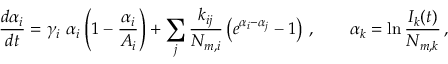
\frac { d \alpha _ { i } } { d t } = \gamma _ { i } \ \alpha _ { i } \left( 1 - \frac { \alpha _ { i } } { A _ { i } } \right) + \sum _ { j } \frac { k _ { i j } } { N _ { m , i } } \left( e ^ { \alpha _ { i } - \alpha _ { j } } - 1 \right) \, , \qquad \alpha _ { k } = \ln \frac { I _ { k } ( t ) } { N _ { m , k } } \, ,